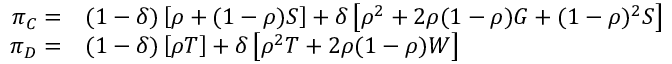
\begin{array} { r l } { \pi _ { C } = } & { { } ( 1 - \delta ) \left[ \rho + ( 1 - \rho ) S \right] + \delta \left[ \rho ^ { 2 } + 2 \rho ( 1 - \rho ) G + ( 1 - \rho ) ^ { 2 } S \right] } \\ { \pi _ { D } = } & { { } ( 1 - \delta ) \left[ \rho T \right] + \delta \left[ \rho ^ { 2 } T + 2 \rho ( 1 - \rho ) W \right] } \end{array}